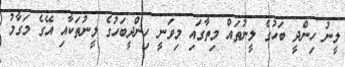
ލީނު ހިންދީ ބަހުގެ ލީނުތައް މިތާގައި މިވަނީ ހިންދީބަހުގެ ލީނުތަކާއި އޭގެ މަގާމު